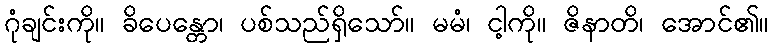
ဂုံချင်းကို။ ခိပေန္တော၊ ပစ်သည်ရှိသော်။ မမံ၊ ငါ့ကို။ ဇိနာတိ၊ အောင်၏။